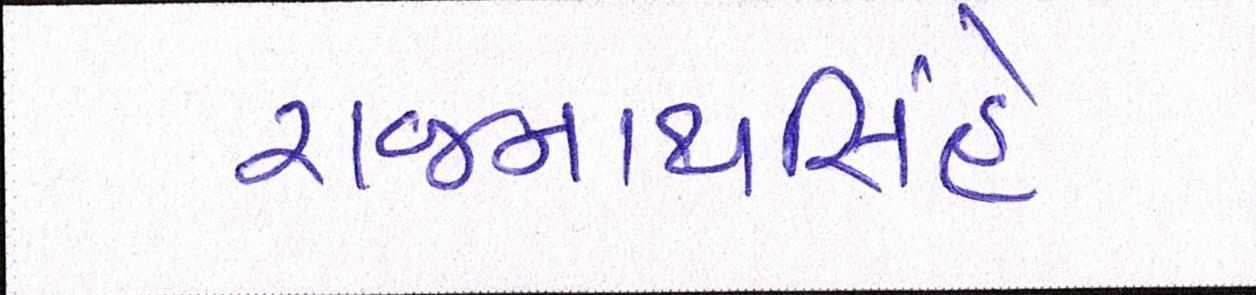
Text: રાજનાથસિંહે